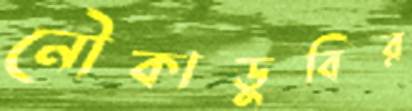
নৌকাডুবির